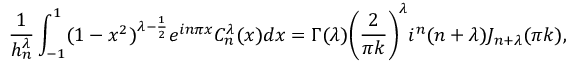
\frac { 1 } { h _ { n } ^ { \lambda } } \int _ { - 1 } ^ { 1 } ( 1 - x ^ { 2 } ) ^ { \lambda - \frac { 1 } { 2 } } e ^ { i n \pi x } C _ { n } ^ { \lambda } ( x ) d x = \Gamma ( \lambda ) \bigg ( \frac { 2 } { \pi k } \bigg ) ^ { \lambda } i ^ { n } ( n + \lambda ) J _ { n + \lambda } ( \pi k ) ,